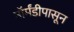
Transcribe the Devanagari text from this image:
नॉर्मंडीपासून